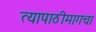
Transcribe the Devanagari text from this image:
त्यापाठीमागचा